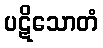
ပဋိသောတံ